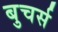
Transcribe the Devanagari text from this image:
बुचर्स